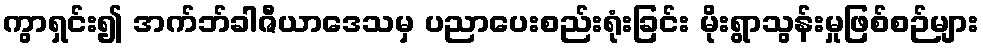
ကွာရှင်း၍ အက်ဘ်ခါဇီယာဒေသမှ ပညာပေးစည်းရုံးခြင်း မိုးရွာသွန်းမှုဖြစ်စဉ်များ